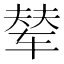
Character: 辇